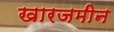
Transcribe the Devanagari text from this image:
खारजमीन